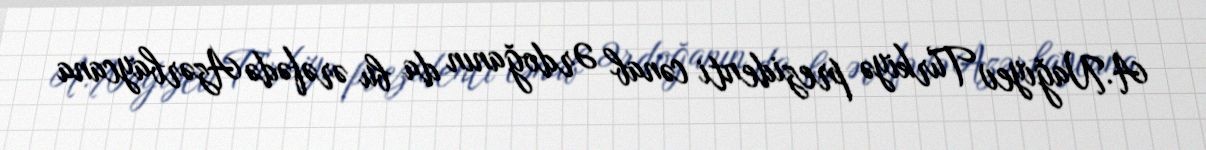
A.Nağıyev Türkiyə prezidenti cənab Ərdoğanın da bu ərəfədə Azərbaycana